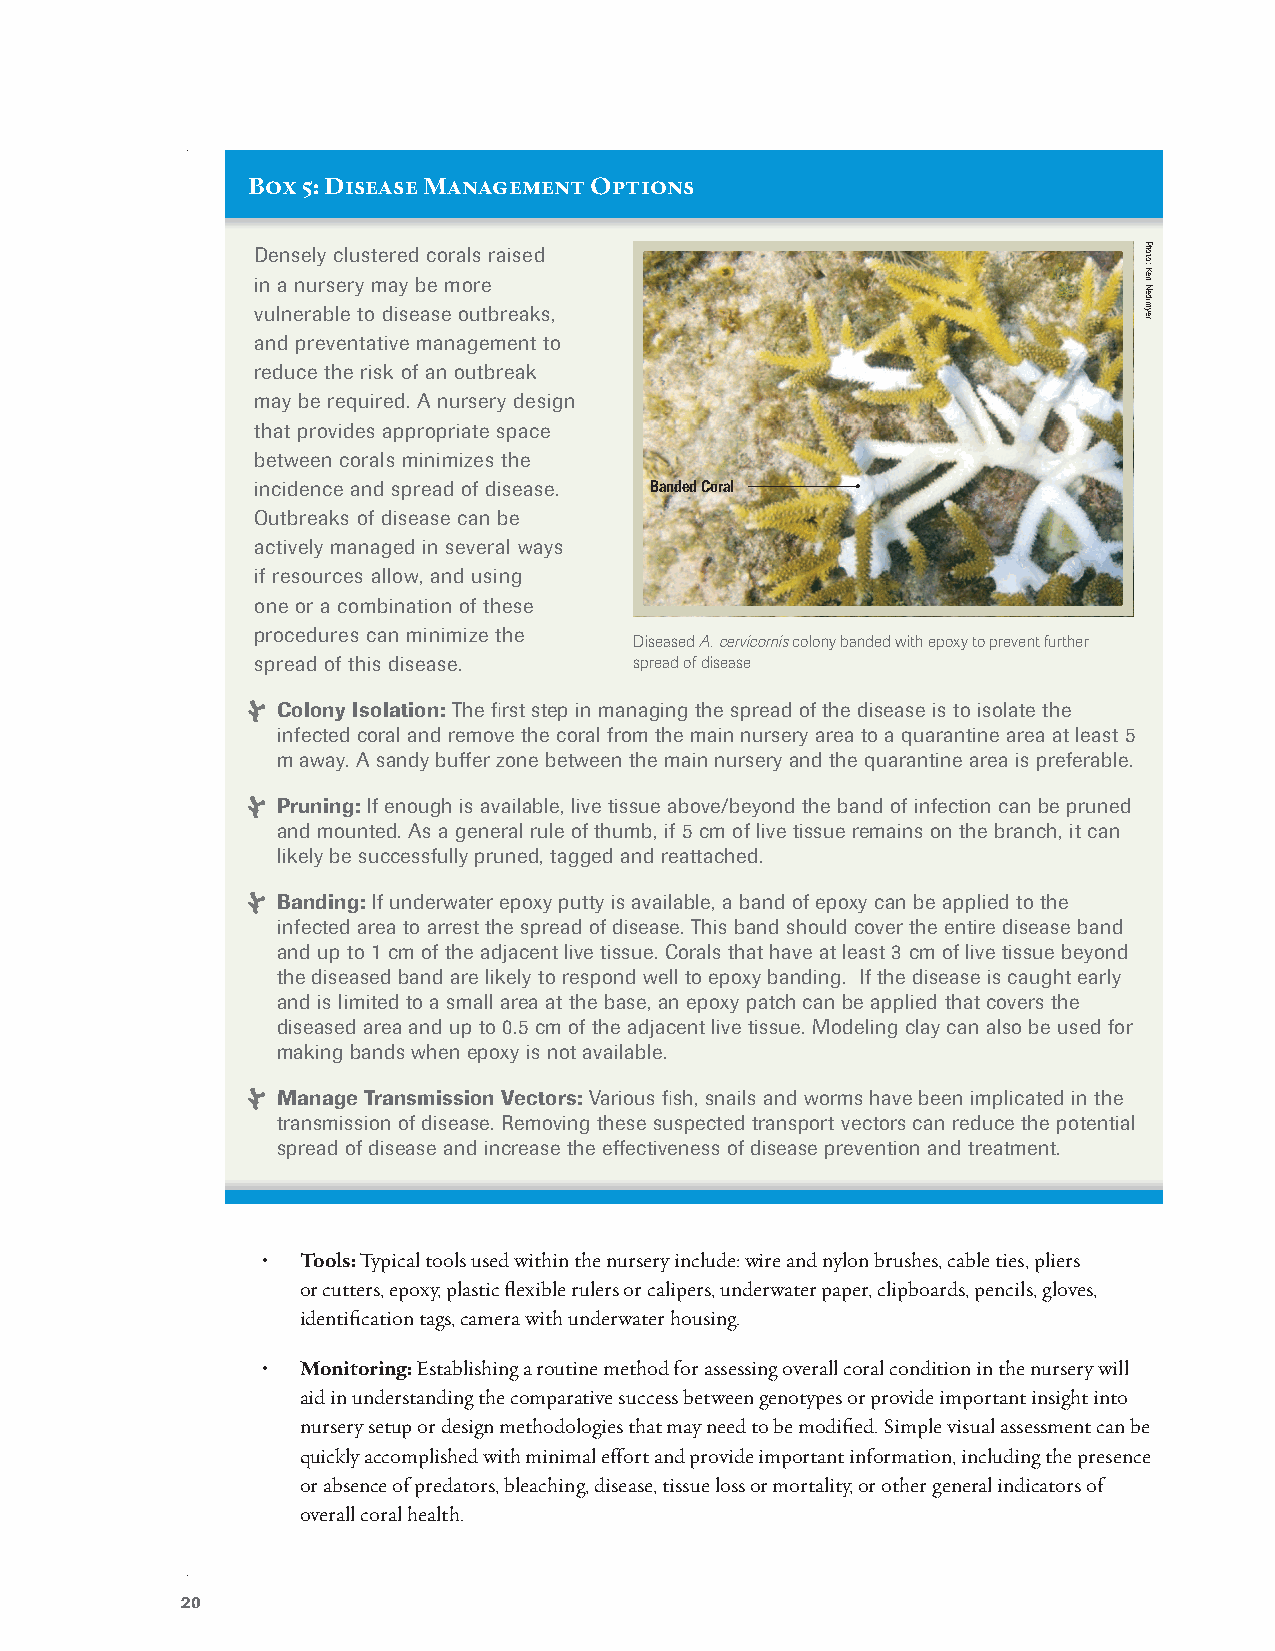
Box 5: Disease Management Options
 Densely clustered corals raised
 in a nursery may be more
 vulnerable to disease outbreaks,
 and preventative management to
 reduce the risk of an outbreak
 may be required. A nursery design
 that provides appropriate space
 between corals minimizes the
 incidence and spread of disease. Banded Coral
 Outbreaks of disease can be
 actively managed in several ways
 if resources allow, and using
 one or a combination of these
 procedures can minimize the
 Diseased A. cervicornis colony banded with epoxy to prevent further
 spread of this disease.  spread of disease
 Colony Isolation: The first step in managing the spread of the disease is to isolate the
 infected coral and remove the coral from the main nursery area to a quarantine area at least 5
 m away. A sandy buffer zone between the main nursery and the quarantine area is preferable.
 Pruning: If enough is available, live tissue above/beyond the band of infection can be pruned
 and mounted. As a general rule of thumb, if 5 cm of live tissue remains on the branch, it can
 likely be successfully pruned, tagged and reattached.
 Banding: If underwater epoxy putty is available, a band of epoxy can be applied to the
 infected area to arrest the spread of disease. This band should cover the entire disease band
 and up to 1 cm of the adjacent live tissue. Corals that have at least 3 cm of live tissue beyond
 the diseased band are likely to respond well to epoxy banding. If the disease is caught early
 and is limited to a small area at the base, an epoxy patch can be applied that covers the
 diseased area and up to 0.5 cm of the adjacent live tissue. Modeling clay can also be used for
 making bands when epoxy is not available.
 Manage Transmission Vectors: Various fish, snails and worms have been implicated in the
 transmission of disease. Removing these suspected transport vectors can reduce the potential
 spread of disease and increase the effectiveness of disease prevention and treatment.
 •  Tools: Typical tools used within the nursery include: wire and nylon brushes, cable ties, pliers
 or cutters, epoxy, plastic flexible rulers or calipers, underwater paper, clipboards, pencils, gloves,
 identification tags, camera with underwater housing.
 •  Monitoring: Establishing a routine method for assessing overall coral condition in the nursery will
 aid in understanding the comparative success between genotypes or provide important insight into
 nursery setup or design methodologies that may need to be modified. Simple visual assessment can be
 quickly accomplished with minimal effort and provide important information, including the presence
 or absence of predators, bleaching, disease, tissue loss or mortality, or other general indicators of
 overall coral health.
 20
 Photo:
 Ken
 Nedimyer